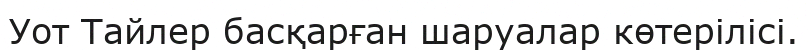
Уот Тайлер басқарған шаруалар көтерілісі.